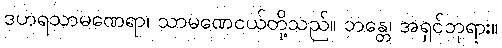
ဒဟရသာမဏေရာ၊ သာမဏေငယ်တို့သည်။ ဘန္တေ၊ အရှင်ဘုရား။